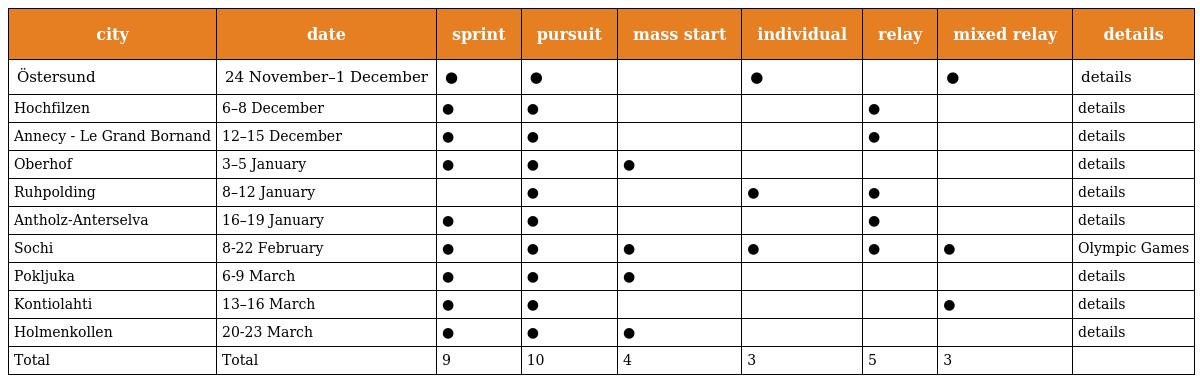
| city | date | sprint | pursuit | mass start | individual | relay | mixed relay | details |
 | --- | --- | --- | --- | --- | --- | --- | --- | --- |
 | Östersund | 24 November–1 December | ● | ● |  | ● |  | ● | details |
 | Hochfilzen | 6–8 December | ● | ● |  |  | ● |  | details |
 | Annecy - Le Grand Bornand | 12–15 December | ● | ● |  |  | ● |  | details |
 | Oberhof | 3–5 January | ● | ● | ● |  |  |  | details |
 | Ruhpolding | 8–12 January |  | ● |  | ● | ● |  | details |
 | Antholz-Anterselva | 16–19 January | ● | ● |  |  | ● |  | details |
 | Sochi | 8-22 February | ● | ● | ● | ● | ● | ● | Olympic Games |
 | Pokljuka | 6-9 March | ● | ● | ● |  |  |  | details |
 | Kontiolahti | 13–16 March | ● | ● |  |  |  | ● | details |
 | Holmenkollen | 20-23 March | ● | ● | ● |  |  |  | details |
 | Total | Total | 9 | 10 | 4 | 3 | 5 | 3 |  |